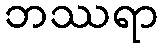
ဘဿရာ